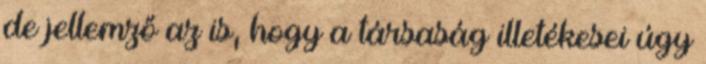
de jellemző az is, hogy a társaság illetékesei úgy